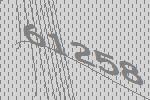
61258